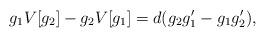
LaTeX: \begin{align*} g_1 V[g_2 ] - g_2 V[g_1] = d (g_2 g_1' - g_1 g_2' ), \end{align*}